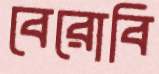
বেরোবি